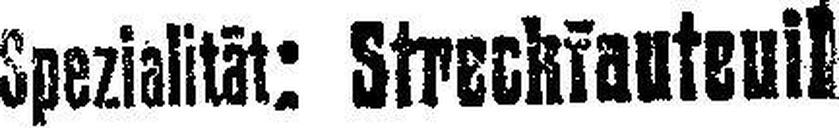
Spezialität: Streckfauteuil